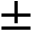
\pm